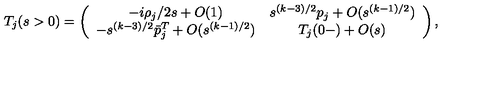
T _ { j } ( s > 0 ) = \left( \begin{array} { c c } { - i \rho _ { j } / 2 s + O ( 1 ) } & { s ^ { ( k - 3 ) / 2 } p _ { j } + O ( s ^ { ( k - 1 ) / 2 } ) } \\ { - s ^ { ( k - 3 ) / 2 } \bar { p } _ { j } ^ { T } + O ( s ^ { ( k - 1 ) / 2 } ) } & { T _ { j } ( 0 - ) + O ( s ) } \\ \end{array} \right) ,